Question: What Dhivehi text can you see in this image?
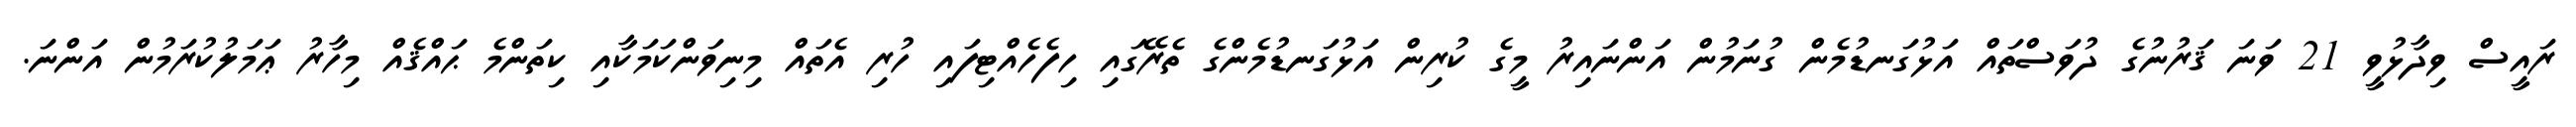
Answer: ރައީސް ވިދާޅުވީ 21 ވަނަ ޤަރުނުގެ ދުވަސްތައް އަޅުގަނޑުމެން ގުނަމުން އަންނައިރު މީގެ ކުރިން އަޅުގަނޑުމެންގެ ތެރޭގައި ހިފެހެއްޓިފައި ހުރި އެތައް މިނިވަންކަމަކާއި ކިތަންމެ ޙައްޤެއް މިހާރު ޢަމަލުކުރަމުން އަންނަ.